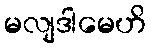
မလျဒါမေဟိ